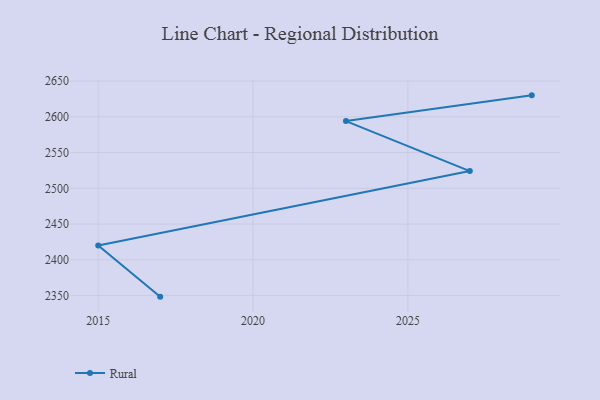
{"axis": {"x": "Year", "y": "Production Output"}, "legend": ["Rural"], "data": [{"x": "2017", "y": 2348.5, "type": "Rural"}, {"x": "2015", "y": 2420.1, "type": "Rural"}, {"x": "2027", "y": 2524.1, "type": "Rural"}, {"x": "2023", "y": 2594.0, "type": "Rural"}, {"x": "2029", "y": 2630.0, "type": "Rural"}]}